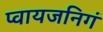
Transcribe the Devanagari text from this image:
प्वायजनिगं